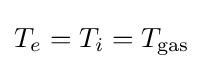
T_{e}=T_{i}=T_{\text{gas}}